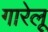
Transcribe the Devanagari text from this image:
गारेलू